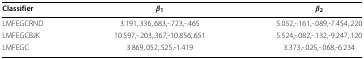
| Classifier | β1 | β2 |
 | --- | --- | --- |
 | LMFEGCRND | 3.191,.336,.683,-.723,-.465 | 5.052,-.161,-.089,-7.454,.220 |
 | LMFEGCBJK | 10.597,-.203,.367,-10.856,.651 | 5.524,-.082,-.132,-9.247,.120 |
 | LMFEGC | 3.869,.052,.525,-1.419 | 3.373,-.025,-.068,-6.234 |